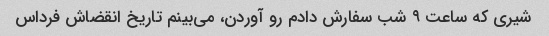
شیری که ساعت ۹ شب سفارش دادم رو آوردن، می‌بینم تاریخ انقضاش فرداس